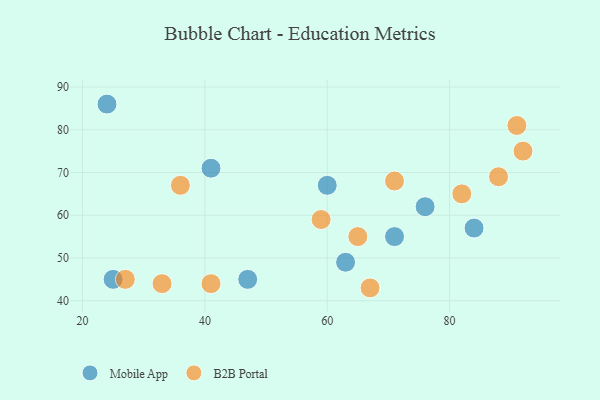
{"axis": {"x": "GDP", "y": "Life Expectancy"}, "legend": ["B2B Portal", "Mobile App"], "data": [{"x": "25", "y": 45, "type": "Mobile App"}, {"x": "71", "y": 55, "type": "Mobile App"}, {"x": "41", "y": 71, "type": "Mobile App"}, {"x": "76", "y": 62, "type": "Mobile App"}, {"x": "24", "y": 86, "type": "Mobile App"}, {"x": "63", "y": 49, "type": "Mobile App"}, {"x": "84", "y": 57, "type": "Mobile App"}, {"x": "47", "y": 45, "type": "Mobile App"}, {"x": "60", "y": 67, "type": "Mobile App"}, {"x": "91", "y": 81, "type": "B2B Portal"}, {"x": "27", "y": 45, "type": "B2B Portal"}, {"x": "82", "y": 65, "type": "B2B Portal"}, {"x": "92", "y": 75, "type": "B2B Portal"}, {"x": "41", "y": 44, "type": "B2B Portal"}, {"x": "67", "y": 43, "type": "B2B Portal"}, {"x": "88", "y": 69, "type": "B2B Portal"}, {"x": "59", "y": 59, "type": "B2B Portal"}, {"x": "36", "y": 67, "type": "B2B Portal"}, {"x": "33", "y": 44, "type": "B2B Portal"}, {"x": "71", "y": 68, "type": "B2B Portal"}, {"x": "65", "y": 55, "type": "B2B Portal"}]}